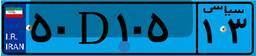
۵۰D۱۰۵۱۳